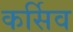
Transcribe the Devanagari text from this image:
कर्सिव